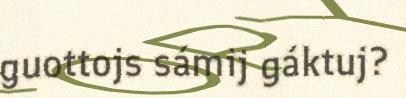
guottojs sámij gáktuj?